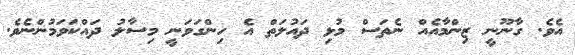
އެވެ. ގާނޫނީ ޒިންމާއެއް ނެތަސް މުޅި ދައުލަތް އެ ހިންގަވަނީ މިސާލު ދައްކަވަމުންނެވެ.